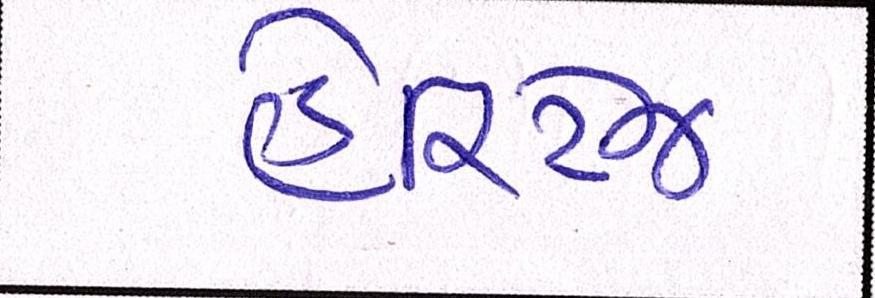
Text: હેરિટેજ